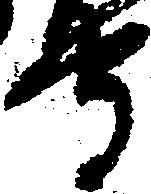
守